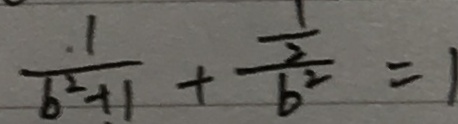
\frac { 1 } { b ^ { 2 } + 1 } + \frac { \frac { 1 } { 2 } } { b ^ { 2 } } = 1